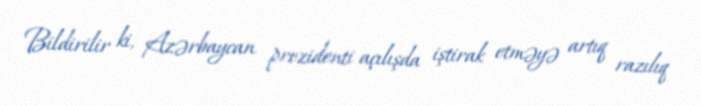
Bildirilir ki, Azərbaycan prezidenti açılışda iştirak etməyə artıq razılıq